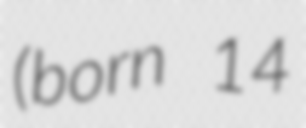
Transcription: (born 14